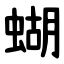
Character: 蝴